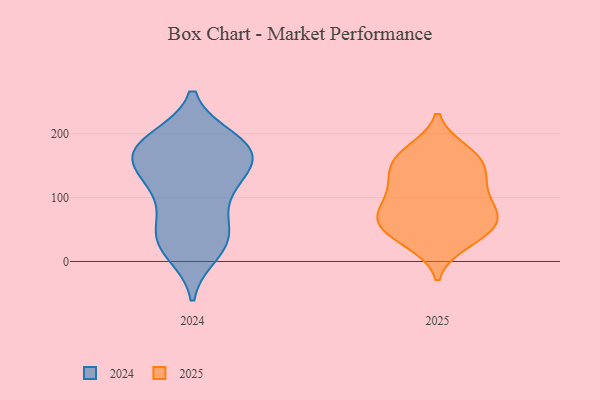
{"axis": {"x": "Inventory Turnover", "y": "Value"}, "legend": ["2024", "2025"], "data": [{"x": "", "y": 36, "type": "2024"}, {"x": "", "y": 185, "type": "2024"}, {"x": "", "y": 183, "type": "2024"}, {"x": "", "y": 114, "type": "2024"}, {"x": "", "y": 36, "type": "2024"}, {"x": "", "y": 155, "type": "2024"}, {"x": "", "y": 87, "type": "2024"}, {"x": "", "y": 174, "type": "2024"}, {"x": "", "y": 15, "type": "2024"}, {"x": "", "y": 141, "type": "2024"}, {"x": "", "y": 28, "type": "2024"}, {"x": "", "y": 175, "type": "2024"}, {"x": "", "y": 49, "type": "2024"}, {"x": "", "y": 190, "type": "2024"}, {"x": "", "y": 170, "type": "2024"}, {"x": "", "y": 114, "type": "2024"}, {"x": "", "y": 150, "type": "2024"}, {"x": "", "y": 57, "type": "2025"}, {"x": "", "y": 105, "type": "2025"}, {"x": "", "y": 144, "type": "2025"}, {"x": "", "y": 110, "type": "2025"}, {"x": "", "y": 73, "type": "2025"}, {"x": "", "y": 129, "type": "2025"}, {"x": "", "y": 28, "type": "2025"}, {"x": "", "y": 156, "type": "2025"}, {"x": "", "y": 173, "type": "2025"}, {"x": "", "y": 135, "type": "2025"}, {"x": "", "y": 68, "type": "2025"}, {"x": "", "y": 174, "type": "2025"}, {"x": "", "y": 62, "type": "2025"}, {"x": "", "y": 72, "type": "2025"}, {"x": "", "y": 67, "type": "2025"}, {"x": "", "y": 98, "type": "2025"}, {"x": "", "y": 162, "type": "2025"}, {"x": "", "y": 33, "type": "2025"}, {"x": "", "y": 39, "type": "2025"}]}